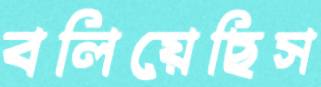
বলিয়েছিস